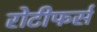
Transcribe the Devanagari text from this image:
रोटीफर्स